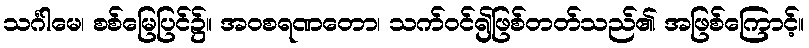
သင်္ဂါမေ၊ စစ်မြေပြင်၌။ အဝစရဏတော၊ သက်ဝင်၍ဖြစ်တတ်သည်၏ အဖြစ်ကြောင့်။